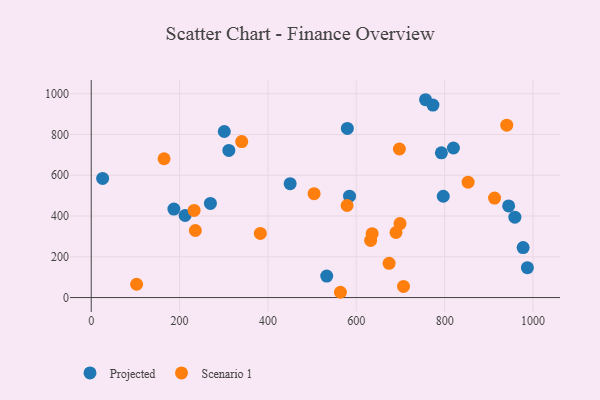
{"axis": {"x": "Ad Spend", "y": "Exam Score"}, "legend": ["Projected", "Scenario 1"], "data": [{"x": "269.8", "y": 461.9, "type": "Projected"}, {"x": "987.3", "y": 146.6, "type": "Projected"}, {"x": "944.9", "y": 449.8, "type": "Projected"}, {"x": "792.7", "y": 710.2, "type": "Projected"}, {"x": "756.8", "y": 970.8, "type": "Projected"}, {"x": "311.5", "y": 722.2, "type": "Projected"}, {"x": "959.0", "y": 394.6, "type": "Projected"}, {"x": "773.5", "y": 944.6, "type": "Projected"}, {"x": "579.8", "y": 830.1, "type": "Projected"}, {"x": "212.5", "y": 402.7, "type": "Projected"}, {"x": "187.1", "y": 434.1, "type": "Projected"}, {"x": "533.1", "y": 105.4, "type": "Projected"}, {"x": "796.9", "y": 497.1, "type": "Projected"}, {"x": "450.3", "y": 559.0, "type": "Projected"}, {"x": "819.9", "y": 733.9, "type": "Projected"}, {"x": "977.7", "y": 245.4, "type": "Projected"}, {"x": "301.2", "y": 814.9, "type": "Projected"}, {"x": "25.8", "y": 584.8, "type": "Projected"}, {"x": "584.7", "y": 497.7, "type": "Projected"}, {"x": "382.8", "y": 314.8, "type": "Scenario 1"}, {"x": "913.0", "y": 488.2, "type": "Scenario 1"}, {"x": "940.6", "y": 846.0, "type": "Scenario 1"}, {"x": "674.3", "y": 167.8, "type": "Scenario 1"}, {"x": "579.2", "y": 451.8, "type": "Scenario 1"}, {"x": "689.9", "y": 319.3, "type": "Scenario 1"}, {"x": "635.9", "y": 313.5, "type": "Scenario 1"}, {"x": "235.7", "y": 329.0, "type": "Scenario 1"}, {"x": "632.5", "y": 280.1, "type": "Scenario 1"}, {"x": "504.5", "y": 509.8, "type": "Scenario 1"}, {"x": "340.7", "y": 765.5, "type": "Scenario 1"}, {"x": "697.6", "y": 728.9, "type": "Scenario 1"}, {"x": "699.0", "y": 363.2, "type": "Scenario 1"}, {"x": "706.9", "y": 54.5, "type": "Scenario 1"}, {"x": "564.1", "y": 25.9, "type": "Scenario 1"}, {"x": "232.9", "y": 427.5, "type": "Scenario 1"}, {"x": "853.1", "y": 566.2, "type": "Scenario 1"}, {"x": "102.7", "y": 65.2, "type": "Scenario 1"}, {"x": "164.9", "y": 681.2, "type": "Scenario 1"}]}